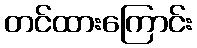
တင်ထားကြောင်း